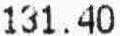
131.40